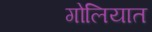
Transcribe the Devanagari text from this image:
गोलियात